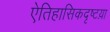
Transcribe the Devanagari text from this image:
ऐतिहासिकदृष्टय़ा